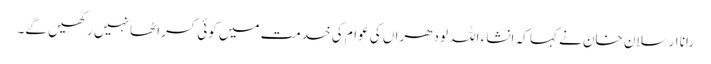
رانا ارسلان خان نے کہا کہ انشاء اللہ لودھراں کی عوام کی خدمت میں کوئی کسر اٹھا نہیں رکھیں گے۔